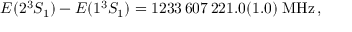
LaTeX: E ( 2 ^ { 3 } S _ { 1 } ) - E ( 1 ^ { 3 } S _ { 1 } ) = 1 2 3 3 \, 6 0 7 \, 2 2 1 . 0 ( 1 . 0 ) \; \mathrm { M H z } \, ,